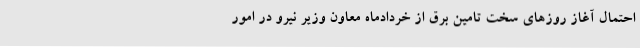
احتمال آغاز روزهای سخت تامین برق از خردادماه معاون وزیر نیرو در امور